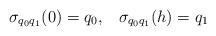
LaTeX: \begin{align*}\sigma_{q_0q_1}(0) = q_0, \; \; \; \sigma_{q_0q_1}(h) = q_{1}\end{align*}